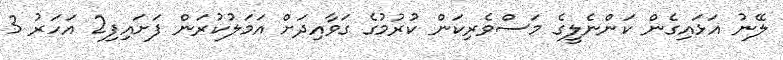
ލޭނު އަޅައިގެން ކަންނެލީގެ މަސްވެރިކަން ކުރުމުގެ ގަވާއިދަށް އަމަލުކުރަން ފަށައިފި2 އަހަރު 3